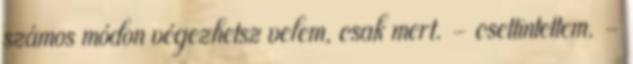
számos módon végezhetsz velem, csak mert. - csettintettem. -